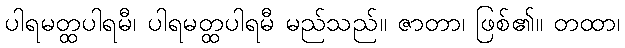
ပါရမတ္ထပါရမီ၊ ပါရမတ္ထပါရမီ မည်သည်။ ဇာတာ၊ ဖြစ်၏။ တထာ၊